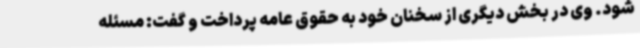
شود. وی در بخش دیگری از سخنان خود به حقوق عامه پرداخت و گفت: مسئله